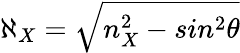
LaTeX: \aleph_{X}=\sqrt{n_{X}^{2}-sin^{2}\theta}